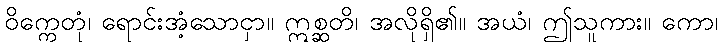
ဝိက္ကေတုံ၊ ရောင်းအံ့သောငှာ။ ဣစ္ဆတိ၊ အလိုရှိ၏။ အယံ၊ ဤသူကား။ ကော၊